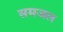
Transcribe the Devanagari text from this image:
समजल